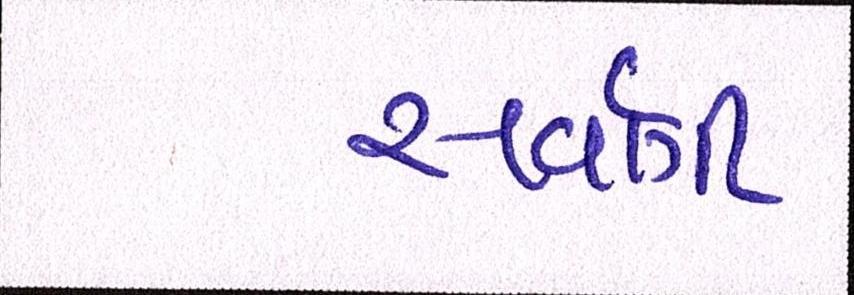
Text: સર્વાગી